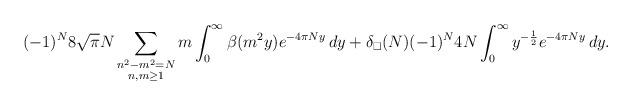
LaTeX: \begin{align*} (-1)^N 8\sqrt{\pi} N \sum_{\substack{n^2-m^2=N \\ n,m\geq 1}} m \int_0^\infty \beta(m^2 y) e^{-4\pi N y} \, dy + \delta_\square(N) (-1)^N 4N \int_0^\infty y^{-\frac12} e^{-4\pi N y} \, dy.\end{align*}